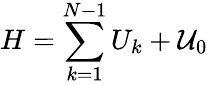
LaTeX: H=\sum_{k=1}^{N-1}U_{k}+{\cal U}_{0}